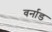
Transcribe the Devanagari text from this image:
वर्नाड